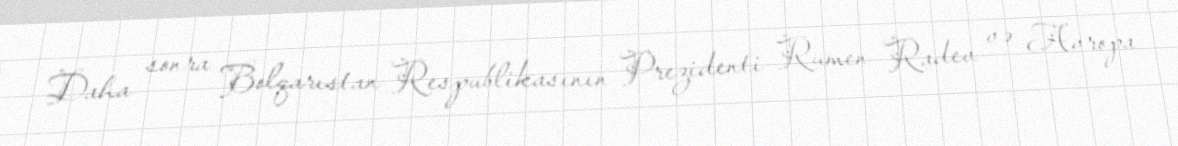
Daha sonra Bolqarıstan Respublikasının Prezidenti Rumen Radev və Avropa